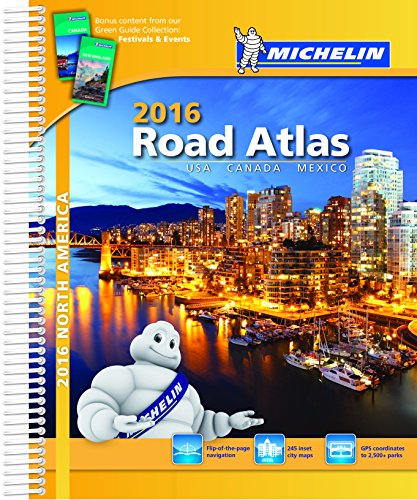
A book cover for Michelin North America Road Atlas 2016 (Michelin Road Atlas); Michelin; Travel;